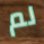
لم